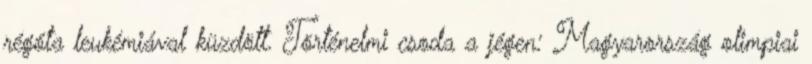
régóta leukémiával küzdött. Történelmi csoda a jégen: Magyarország olimpiai